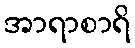
အာရာစာရိ